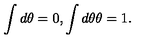
\int d \theta = 0 , \int d \theta \theta = 1 .